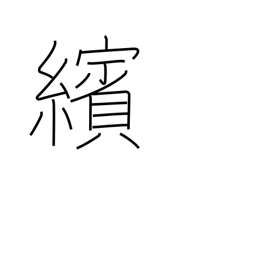
Meaning: scattering